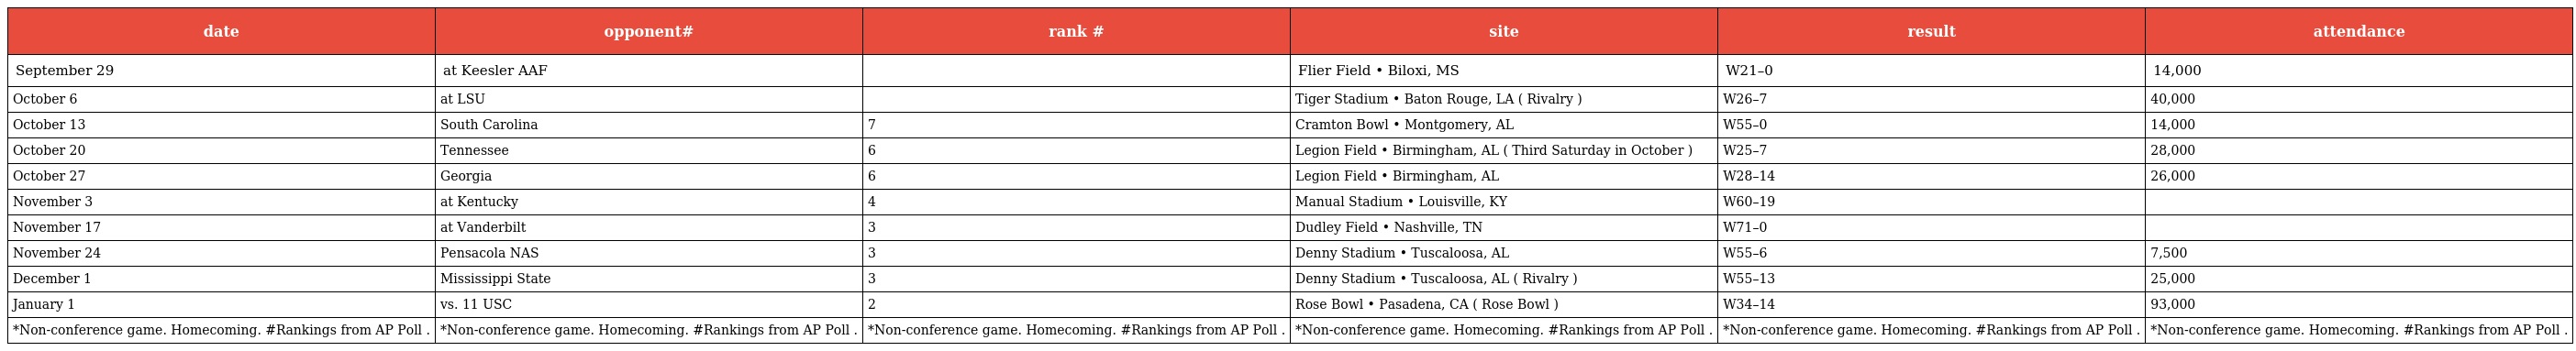
| date | opponent# | rank # | site | result | attendance |
 | --- | --- | --- | --- | --- | --- |
 | September 29 | at Keesler AAF |  | Flier Field • Biloxi, MS | W21–0 | 14,000 |
 | October 6 | at LSU |  | Tiger Stadium • Baton Rouge, LA ( Rivalry ) | W26–7 | 40,000 |
 | October 13 | South Carolina | 7 | Cramton Bowl • Montgomery, AL | W55–0 | 14,000 |
 | October 20 | Tennessee | 6 | Legion Field • Birmingham, AL ( Third Saturday in October ) | W25–7 | 28,000 |
 | October 27 | Georgia | 6 | Legion Field • Birmingham, AL | W28–14 | 26,000 |
 | November 3 | at Kentucky | 4 | Manual Stadium • Louisville, KY | W60–19 |  |
 | November 17 | at Vanderbilt | 3 | Dudley Field • Nashville, TN | W71–0 |  |
 | November 24 | Pensacola NAS | 3 | Denny Stadium • Tuscaloosa, AL | W55–6 | 7,500 |
 | December 1 | Mississippi State | 3 | Denny Stadium • Tuscaloosa, AL ( Rivalry ) | W55–13 | 25,000 |
 | January 1 | vs. 11 USC | 2 | Rose Bowl • Pasadena, CA ( Rose Bowl ) | W34–14 | 93,000 |
 | *Non-conference game. Homecoming. #Rankings from AP Poll . | *Non-conference game. Homecoming. #Rankings from AP Poll . | *Non-conference game. Homecoming. #Rankings from AP Poll . | *Non-conference game. Homecoming. #Rankings from AP Poll . | *Non-conference game. Homecoming. #Rankings from AP Poll . | *Non-conference game. Homecoming. #Rankings from AP Poll . |